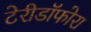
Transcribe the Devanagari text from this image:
टेरीडॉफोरा